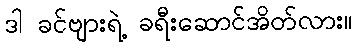
ဒါ ခင်ဗျားရဲ့ ခရီးဆောင်အိတ်လား။